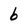
Character: 6